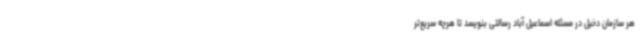
هر سازمان دخیل در مسئله اسماعیل آباد رسالتی بنویسد تا هرچه سریع‌تر